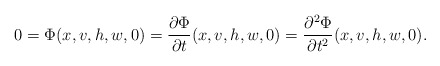
\begin{align*}0=\Phi(x,v,h,w,0)=\frac{\partial\Phi}{\partial t}(x,v,h,w,0)=\frac{\partial^2\Phi}{\partial t^2}(x,v,h,w,0).\end{align*}